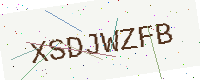
Text: XSDJWZFB